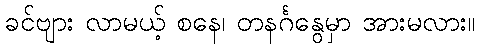
ခင်ဗျား လာမယ့် စနေ၊ တနင်္ဂနွေမှာ အားမလား။